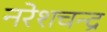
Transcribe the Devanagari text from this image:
नरेशचन्द्र